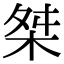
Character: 桀